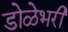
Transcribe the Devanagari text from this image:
डोळेभरी